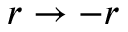
r \to - r